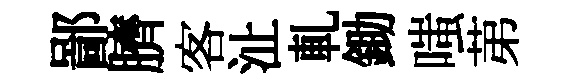
鄙臍客沚軋鋤嗤苐